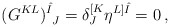
\begin{align*}(G^{KL})^{\hat{I}}_{~J}=\delta^{[K}_J\eta^{L]\hat{I}}=0\,,\end{align*}